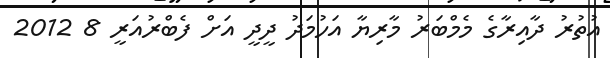
އުތުރު ދާއިރާގެ މެމްބަރު މާރިޔާ އަހުމަދު ދީދީ އަށް ފެބްރުއަރީ 8 2012